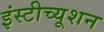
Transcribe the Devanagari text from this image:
इंस्‍टीच्‍यूशन